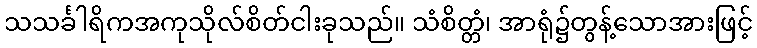
သသင်္ခါရိကအကုသိုလ်စိတ်ငါးခုသည်။ သံစိတ္တံ၊ အာရုံ၌တွန့်သောအားဖြင့်